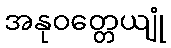
အနုဝတ္တေယျုံ